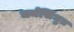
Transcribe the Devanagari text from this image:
धर्मसिंधुत